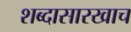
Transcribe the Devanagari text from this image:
शब्दासारखाच